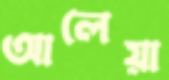
আলেয়া